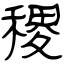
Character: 稷